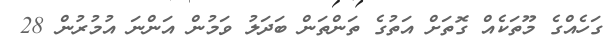
ގަހެއްގެ މޫތަކެއް ގޮތަށް އަތުގެ ތަންތަން ބަދަލު ވަމުން އަންނަ އުމުރުން 28